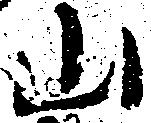
山